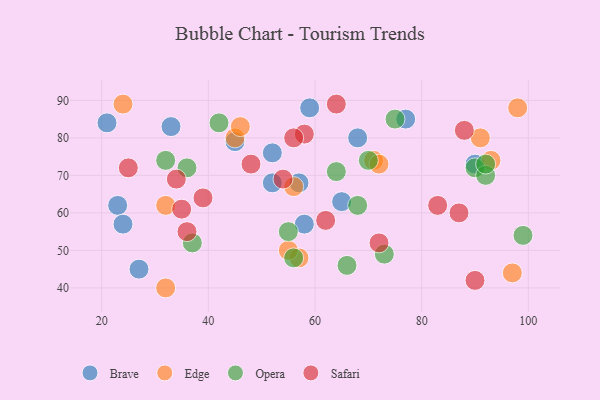
{"axis": {"x": "GDP", "y": "Life Expectancy"}, "legend": ["Brave", "Edge", "Opera", "Safari"], "data": [{"x": "52", "y": 76, "type": "Brave"}, {"x": "57", "y": 68, "type": "Brave"}, {"x": "68", "y": 80, "type": "Brave"}, {"x": "52", "y": 68, "type": "Brave"}, {"x": "77", "y": 85, "type": "Brave"}, {"x": "33", "y": 83, "type": "Brave"}, {"x": "21", "y": 84, "type": "Brave"}, {"x": "45", "y": 79, "type": "Brave"}, {"x": "65", "y": 63, "type": "Brave"}, {"x": "23", "y": 62, "type": "Brave"}, {"x": "59", "y": 88, "type": "Brave"}, {"x": "24", "y": 57, "type": "Brave"}, {"x": "27", "y": 45, "type": "Brave"}, {"x": "90", "y": 73, "type": "Brave"}, {"x": "58", "y": 57, "type": "Brave"}, {"x": "71", "y": 74, "type": "Edge"}, {"x": "32", "y": 40, "type": "Edge"}, {"x": "45", "y": 80, "type": "Edge"}, {"x": "72", "y": 73, "type": "Edge"}, {"x": "57", "y": 48, "type": "Edge"}, {"x": "97", "y": 44, "type": "Edge"}, {"x": "93", "y": 74, "type": "Edge"}, {"x": "32", "y": 62, "type": "Edge"}, {"x": "56", "y": 67, "type": "Edge"}, {"x": "98", "y": 88, "type": "Edge"}, {"x": "24", "y": 89, "type": "Edge"}, {"x": "46", "y": 83, "type": "Edge"}, {"x": "55", "y": 50, "type": "Edge"}, {"x": "91", "y": 80, "type": "Edge"}, {"x": "64", "y": 71, "type": "Opera"}, {"x": "32", "y": 74, "type": "Opera"}, {"x": "68", "y": 62, "type": "Opera"}, {"x": "37", "y": 52, "type": "Opera"}, {"x": "90", "y": 72, "type": "Opera"}, {"x": "56", "y": 48, "type": "Opera"}, {"x": "36", "y": 72, "type": "Opera"}, {"x": "92", "y": 70, "type": "Opera"}, {"x": "66", "y": 46, "type": "Opera"}, {"x": "73", "y": 49, "type": "Opera"}, {"x": "75", "y": 85, "type": "Opera"}, {"x": "92", "y": 73, "type": "Opera"}, {"x": "55", "y": 55, "type": "Opera"}, {"x": "99", "y": 54, "type": "Opera"}, {"x": "42", "y": 84, "type": "Opera"}, {"x": "70", "y": 74, "type": "Opera"}, {"x": "58", "y": 81, "type": "Safari"}, {"x": "90", "y": 42, "type": "Safari"}, {"x": "39", "y": 64, "type": "Safari"}, {"x": "25", "y": 72, "type": "Safari"}, {"x": "83", "y": 62, "type": "Safari"}, {"x": "36", "y": 55, "type": "Safari"}, {"x": "54", "y": 69, "type": "Safari"}, {"x": "64", "y": 89, "type": "Safari"}, {"x": "34", "y": 69, "type": "Safari"}, {"x": "56", "y": 80, "type": "Safari"}, {"x": "35", "y": 61, "type": "Safari"}, {"x": "88", "y": 82, "type": "Safari"}, {"x": "72", "y": 52, "type": "Safari"}, {"x": "48", "y": 73, "type": "Safari"}, {"x": "87", "y": 60, "type": "Safari"}, {"x": "62", "y": 58, "type": "Safari"}]}